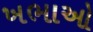
ખભાઓ